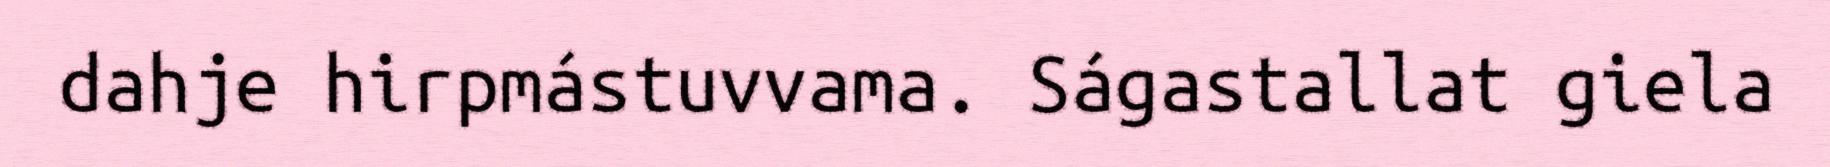
dahje hirpmástuvvama. Ságastallat giela